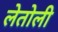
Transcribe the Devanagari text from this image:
लेतोली